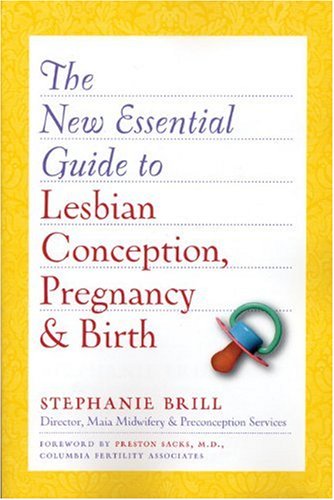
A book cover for The New Essential Guide to Lesbian Conception, Pregnancy, and Birth; Stephanie Brill; Gay & Lesbian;